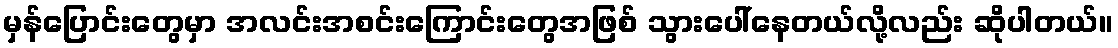
မှန်ပြောင်းတွေမှာ အလင်းအစင်းကြောင်းတွေအဖြစ် သွားပေါ်နေတယ်လို့လည်း ဆိုပါတယ်။